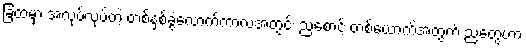
ခြံထဲမှာ အလုပ်လုပ်တဲ့ တစ်နှစ်ခွဲလောက်ကာလအတွင်း ညစောင့် တစ်ယောက်အတွက် ညတွေဟာ